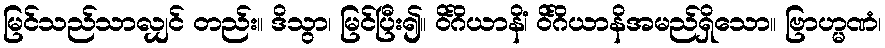
မြင်သည်သာလျှင် တည်း။ ဒိသွာ၊ မြင်ပြီး၍။ ဝိင်္ဂိယာနိံ၊ ဝိင်္ဂိယာနိအမည်ရှိသော။ ဗြာဟ္မဏံ၊